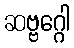
ဆဗ္ဗဂ္ဂေါ